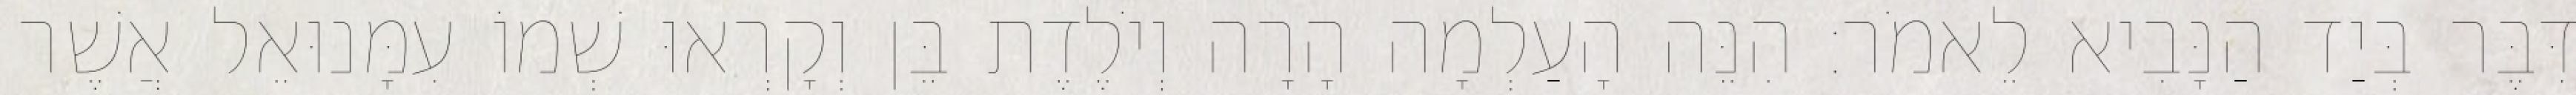
דִּבֶּר בְּיַד הַנָּבִיא לֵאמֹר׃ הִנֵּה הָעַלְמָה הָרָה וְיֹלֶדֶת בֵּן וְקָרְאוּ שְׁמוֹ עִמָּנוּאֵל אֲשֶׁר